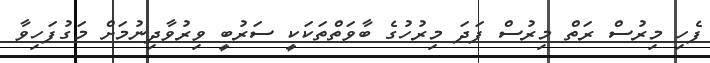
ފެހި މިރުސް ރަތް މިރުސް ފަދަ މިރުހުގެ ބާވަތްތަކަކީ ސަރުބީ ވިރުވާދިނުމަށް މަގުފަހިވާ